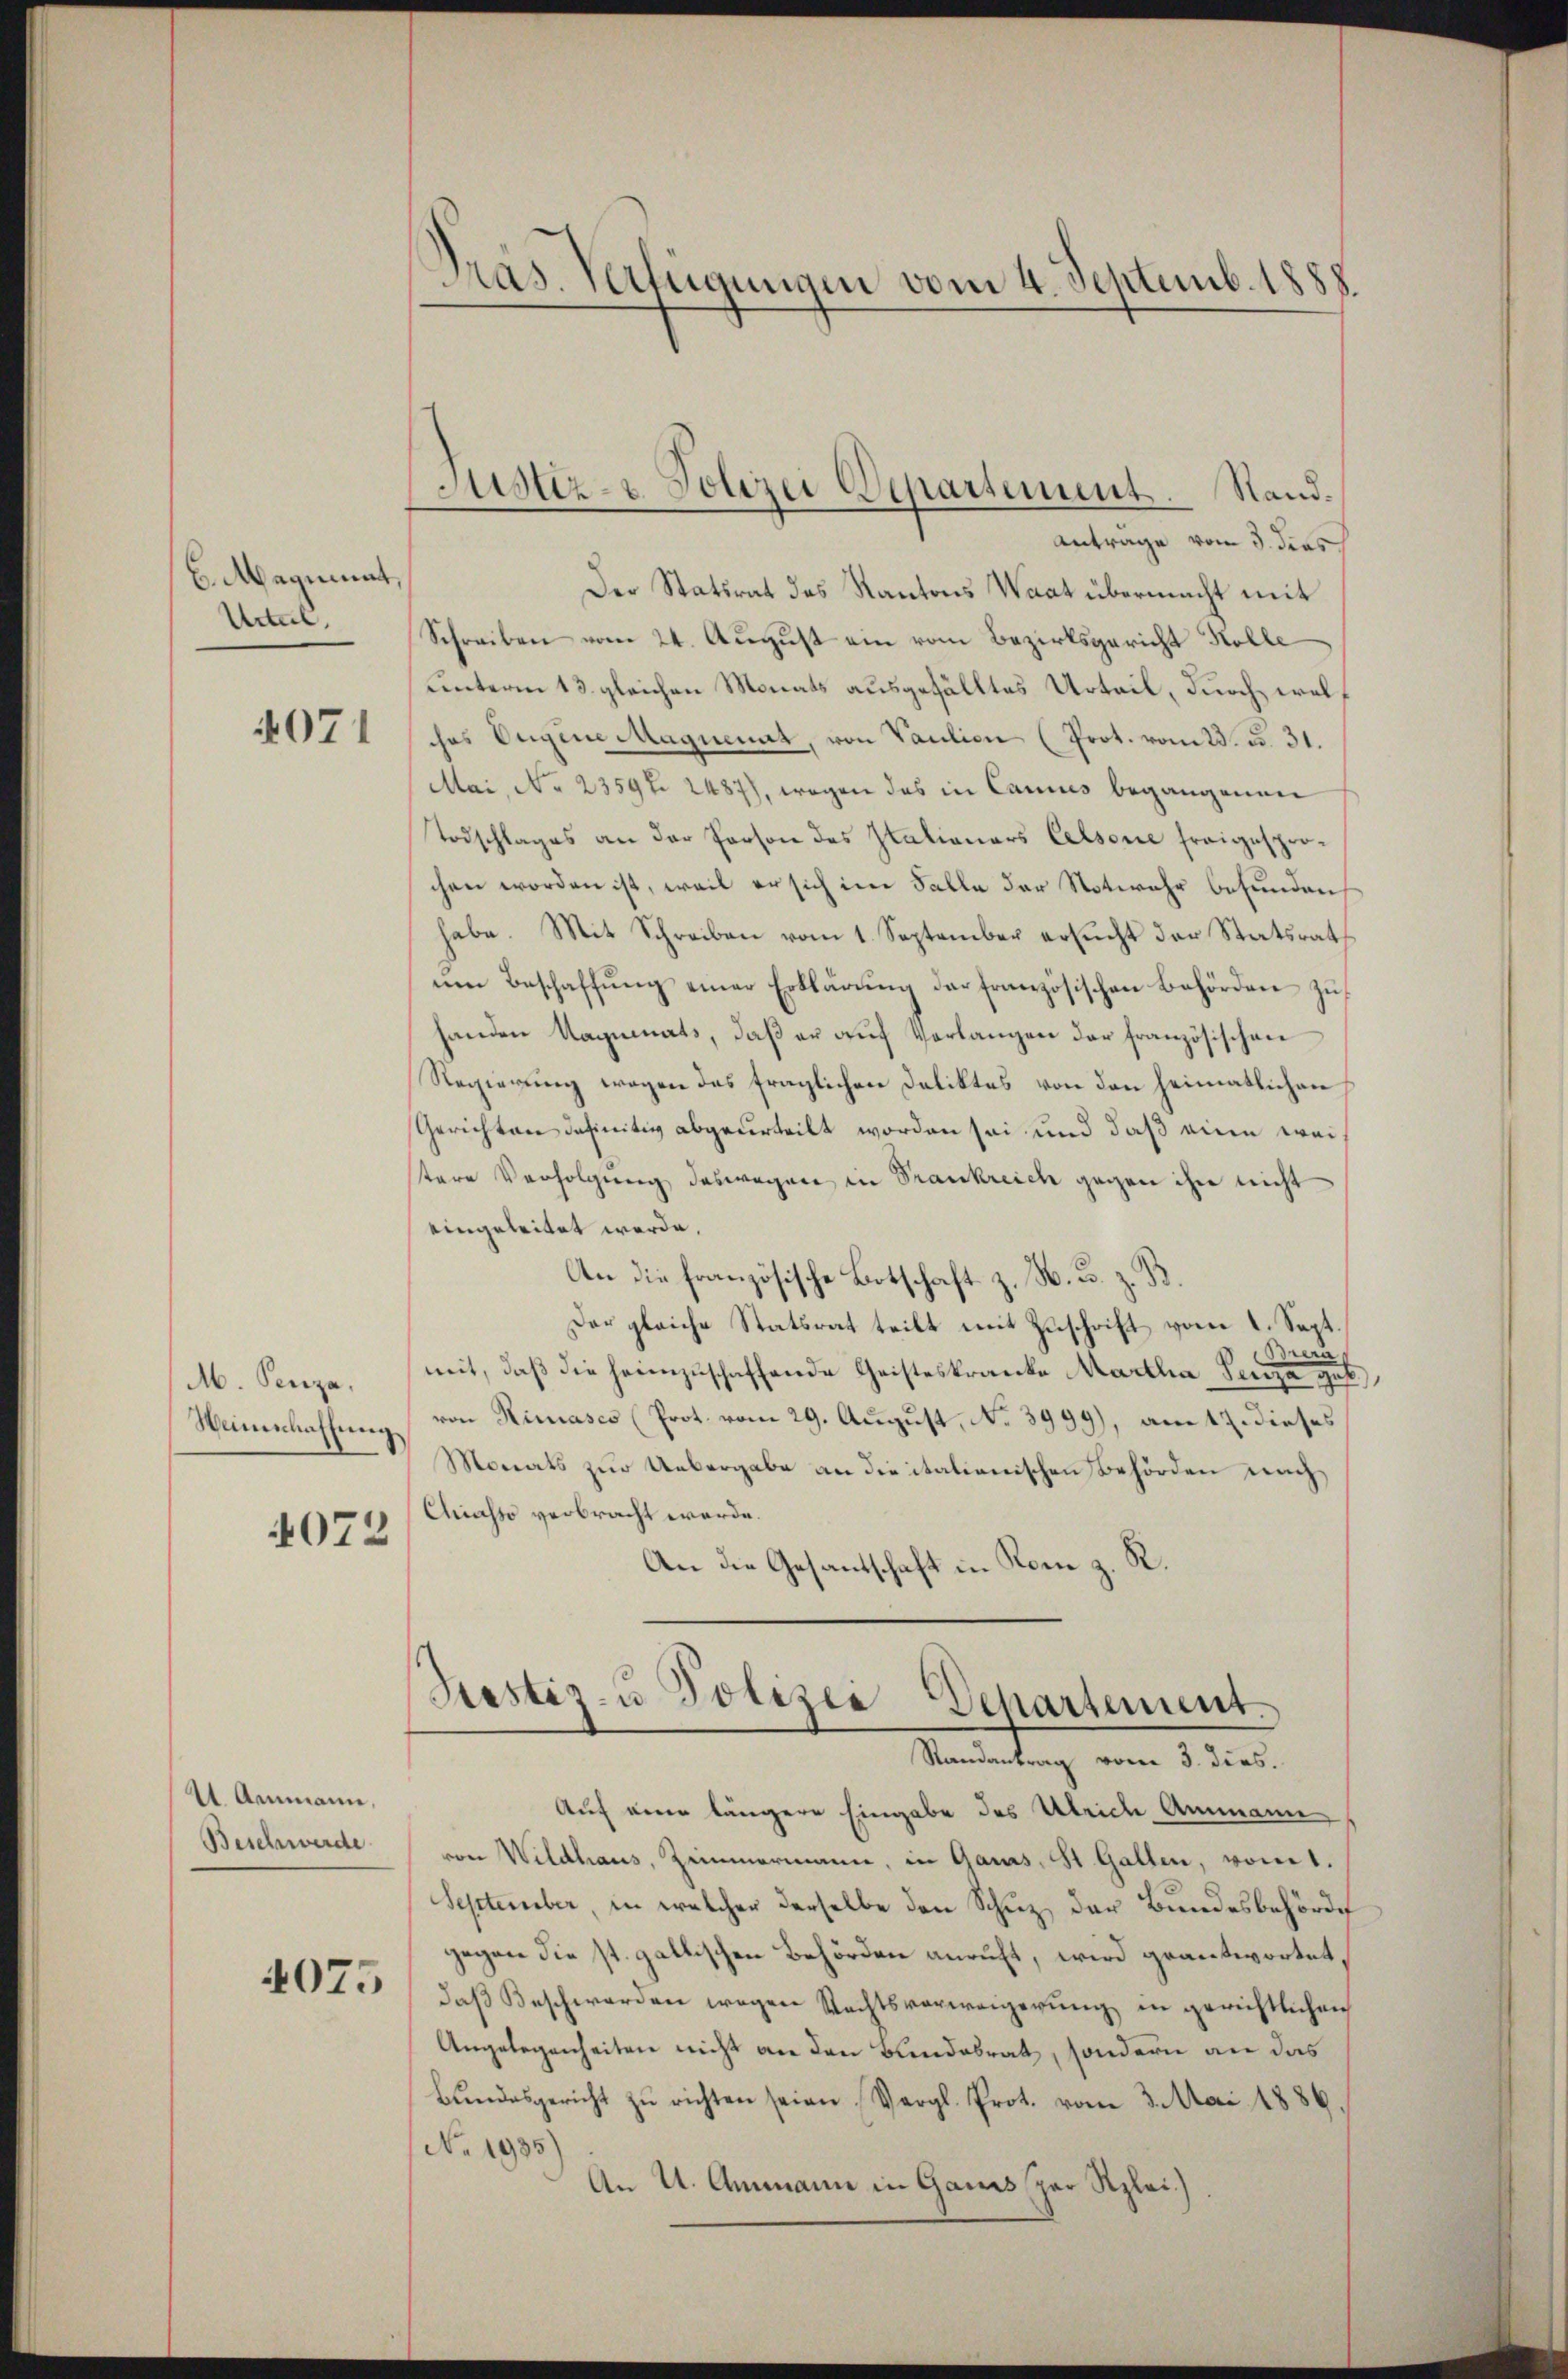
6.Maquinnt,
Urteil.

4071

M. Penza,
Winschaffung
4072

21 Ammann,
Beschwerde

4075

Präs. Verfügungen vom 4. Septemb. 1888.

Justiz- & Polizei Departement. Stand.

Antrage von 3. dies
Der Statsrat des Kantons Waat übermacht mit
Schreiben vom 24. August ein vom Bezirksgericht Kolle
unterm 13. gleichen Monats ausgefälltes Urteil, durch welches Eigene Magnenat, von Paulien (Prot. vom 23. d. 31.
Mai, No 2359. 2487), wegen das in Cannes begangenen
Todschlages an der Person des Italianars Celsone freigesprochen worden ist, weil er sich im Falle der Notwehr befunden
habe. Mit Schreiben vom 1. September ersucht der Statsrath
um Beschaffŭng einer Erklärung der französischen Behörden zu
handen Ragumnats, daß er auf Verlangen der französischen
Regierung wegen des fraglichen Deliktes von den heimatlichen
Gerichten definitiv abgeurteilt worden sei und daß eine weistere Verfolgung deswegen in Frankreich gegen ihn nicht
eingeleitet werde.
An die französische Botschaft z. B. u. z. B.
Der gleiche Statsrat teilt mit Zuschrift vom 1. Sept.
Ber
mit, daß die heimzuschaffende Geisteskranke Martha Penza ges
)
von Rinasco (Prot. vom 29. August, No 3999), am 17. dieses
Monats zur Uebergabe an die italienischen Behörden nach
Chiasso verbracht werde.
An die Gesantschaft in Rom z. R.

ustiz- u Polizei Departement.
Randantrag vom 3. dies.

Auf eine längere Eingabe des Ulrich Ammann
von Wildhaus, Zimmermann, in Gans, St. Gallen, vom 1.
September, in welcher derselbe den Schuz, der Bundesbehörde
gegen die st. gallischen Behörden anruft, wird geantwortet
daβ Beschwerden wegen Rechtsverweigerŭng in gerichtlichen
Angelegenheiten nicht an den Bundesrath, sondern an das
Bŭndesgericht zŭ richten seien Vergl. Prot. vom 3. Mai 1886
No. 1935
An U. Ammann in Gans par Rzlei.).